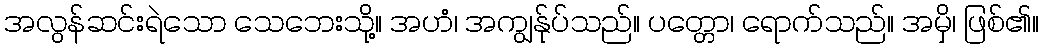
အလွန်ဆင်းရဲသော သေဘေးသို့။ အဟံ၊ အကျွန်ုပ်သည်။ ပတ္တော၊ ရောက်သည်။ အမှိ၊ ဖြစ်၏။